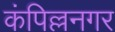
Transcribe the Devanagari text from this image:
कंपिल्लनगर